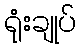
ရုံးချုပ်